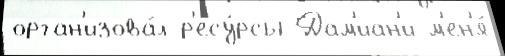
орган'изова́л р'есу́рсы Дам'иан'и м'ен'я́